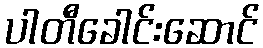
ပါတီခေါင်းဆောင်